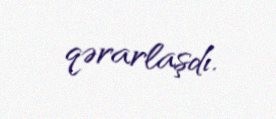
qərarlaşdı.